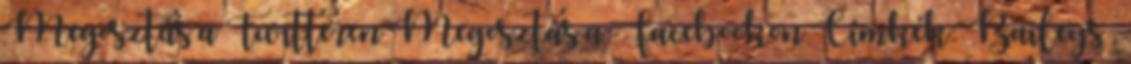
Megosztás a Twitteren Megosztás a Facebookon Címkék: Baileys ,